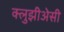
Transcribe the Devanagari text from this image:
क्लुझीअेसी